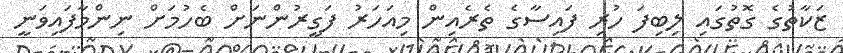
ޒަކާތުގެ ގޮތުގައި ލިބިފަ ހުރި ފައިސާގެ ތެރެއިން މިއަހަރު ފަގީރުންނަށް ބެހުމަށް ނިންމާފައިވަނީ